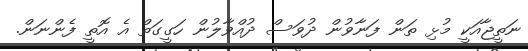
ނަތީޖާއަކީ މުޅި ތަން ފަނާވުން ދުވަސް ދުއްވާލުން ހަގީގަތް އެ އޮތީ ފެންނަން.